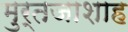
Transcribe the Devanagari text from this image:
मुर्तजाशाह